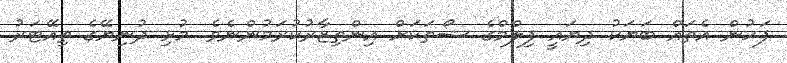
ފަހުން އެތައް ބަޔަކު ދިޔައީ ފިލްމްގެ ޝޯތަކަށް އިންތިޒާރުކުރަމުންނެވެ. މުޅި ދުނިޔޭގެ ތިއޭޓަރު